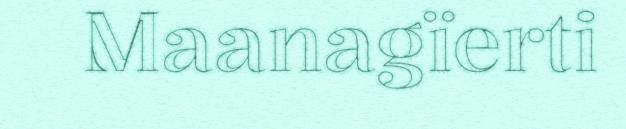
Maanagïerti